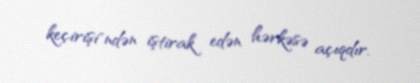
keçirişi"ndən iştirak edən hərkəsə açıqdır.